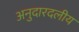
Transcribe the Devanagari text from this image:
अनुदारदलीय